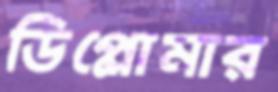
ডিপ্লোমার